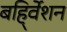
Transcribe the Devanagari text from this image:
बहि्र्वेशन